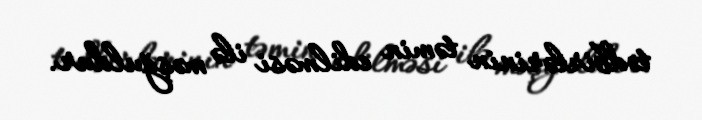
tədbirlərinin təmin edilməsi ilə məşğuldur.